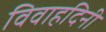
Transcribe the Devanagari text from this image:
विवाहदिनी